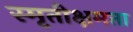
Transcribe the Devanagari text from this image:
स्मृतीक्षमता